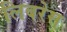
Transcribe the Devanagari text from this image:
लिबरेस